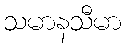
သမာနသီမာ